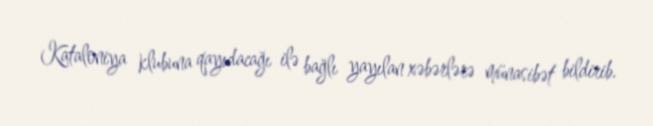
Kataloniya klubuna qayıdacağı ilə bağlı yayılan xəbərlərə münasibət bildirib.